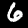
Label: 6